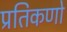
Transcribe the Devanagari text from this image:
प्रतिकणो